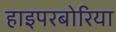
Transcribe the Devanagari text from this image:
हाइपरबोरिया